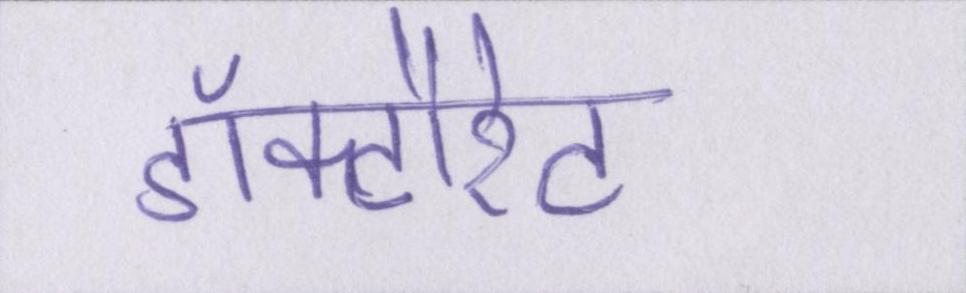
डॉक्टौरेट